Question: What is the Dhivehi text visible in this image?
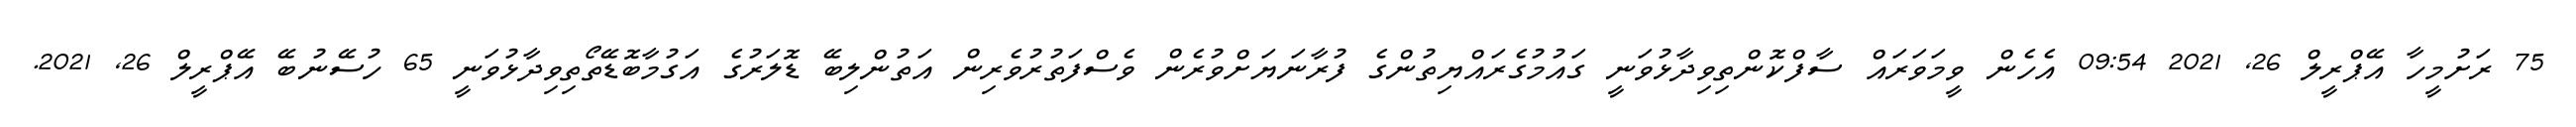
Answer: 75 ރަށުމީހާ އޭޕްރީލް 26, 2021 09:54 އެހެން ވީމަވަރައް ސާފްކޮންތިވިދާޅުވަނީ ގައުމުގެރައްޔިތުންގެ ފުރާނަޔަށްވުރެން ވެސްފަތުރުވެރިން އަތުންލިބޭ ޑޮލަރުގެ އަގުމާބޮޑޭތޯތިވިދާޅުވަނީ 65 ހުސޭނުބޭ އޭޕްރީލް 26, 2021.